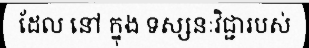
ដែល នៅ ក្នុង ទស្សនៈវិជ្ជារបស់